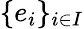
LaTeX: \{ e_{i}\} _{i\in I}